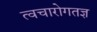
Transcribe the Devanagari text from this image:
त्वचारोगतज्ञ